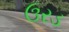
ઉરડ